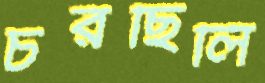
চরছিলি